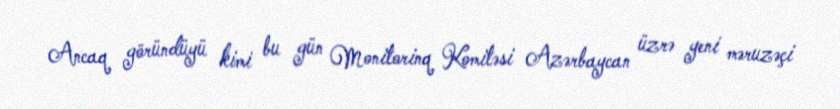
Ancaq göründüyü kimi bu gün Monitorinq Komitəsi Azərbaycan üzrə yeni məruzəçi